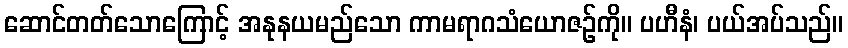
ဆောင်တတ်သောကြောင့် အနုနယမည်သော ကာမရာဂသံယောဇဉ်ကို။ ပဟီနံ၊ ပယ်အပ်သည်။